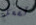
تفعل